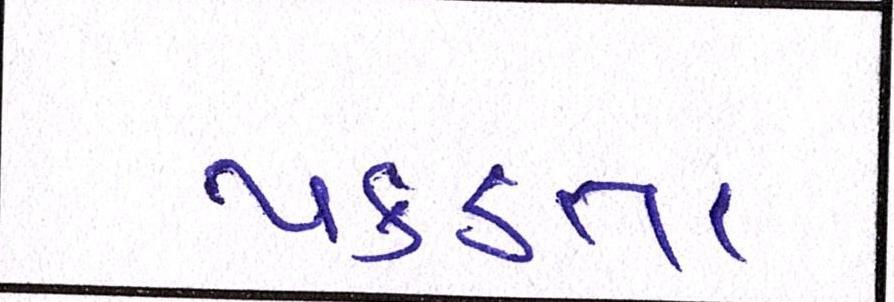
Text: પકડતા